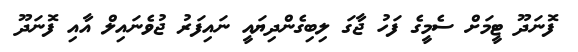
ފޮނަދޫ ޓީމަށް ސެމީގެ ފަހު ޖާގަ ލިބިގެންދިޔައީ ނައިފަރު ޖުވެނައިލް އާއި ފޮނަދޫ